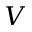
V